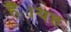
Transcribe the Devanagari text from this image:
हैै।यह